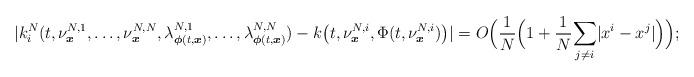
LaTeX: \begin{align*}|k_i^N(t,\nu^{N,1}_{\boldsymbol{x}},\ldots,\nu^{N,N}_{\boldsymbol{x}},\lambda^{N,1}_{\boldsymbol{\phi}(t,\boldsymbol{x})},\ldots,\lambda^{N,N}_{\boldsymbol{\phi}(t,\boldsymbol{x})})-k\big(t,\nu^{N,i}_{\boldsymbol{x}},\Phi(t,\nu^{N,i}_{\boldsymbol{x}})\big)|=O\Big( \frac{1}{N}\Big(1+\frac{1}{N}\underset{j\neq i}\sum|x^i-x^j|\Big) \Big);\end{align*}